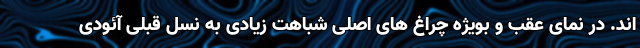
اند. در نمای عقب و بویژه چراغ های اصلی شباهت زیادی به نسل قبلی آئودی